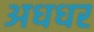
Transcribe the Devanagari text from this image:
अधधर